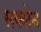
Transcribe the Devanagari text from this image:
सक्सेन